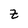
Character: z